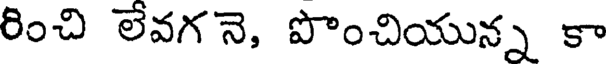
రించి లేవగ నె, పొంచియున్న కా